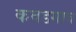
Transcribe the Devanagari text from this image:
कवडगाव